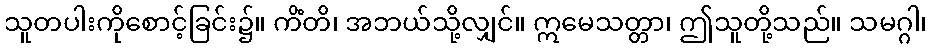
သူတပါးကိုစောင့်ခြင်း၌။ ကိံတိ၊ အဘယ်သို့လျှင်။ ဣမေသတ္တာ၊ ဤသူတို့သည်။ သမဂ္ဂါ၊